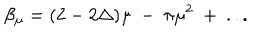
\beta _ { \mu } = ( 2 - 2 \Delta ) \mu ~ - ~ \pi \mu ^ { 2 } ~ + ~ . . .